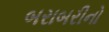
બરાબરીનો